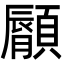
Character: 𩕁